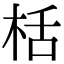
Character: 桰